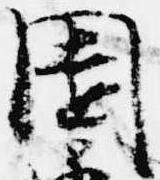
園